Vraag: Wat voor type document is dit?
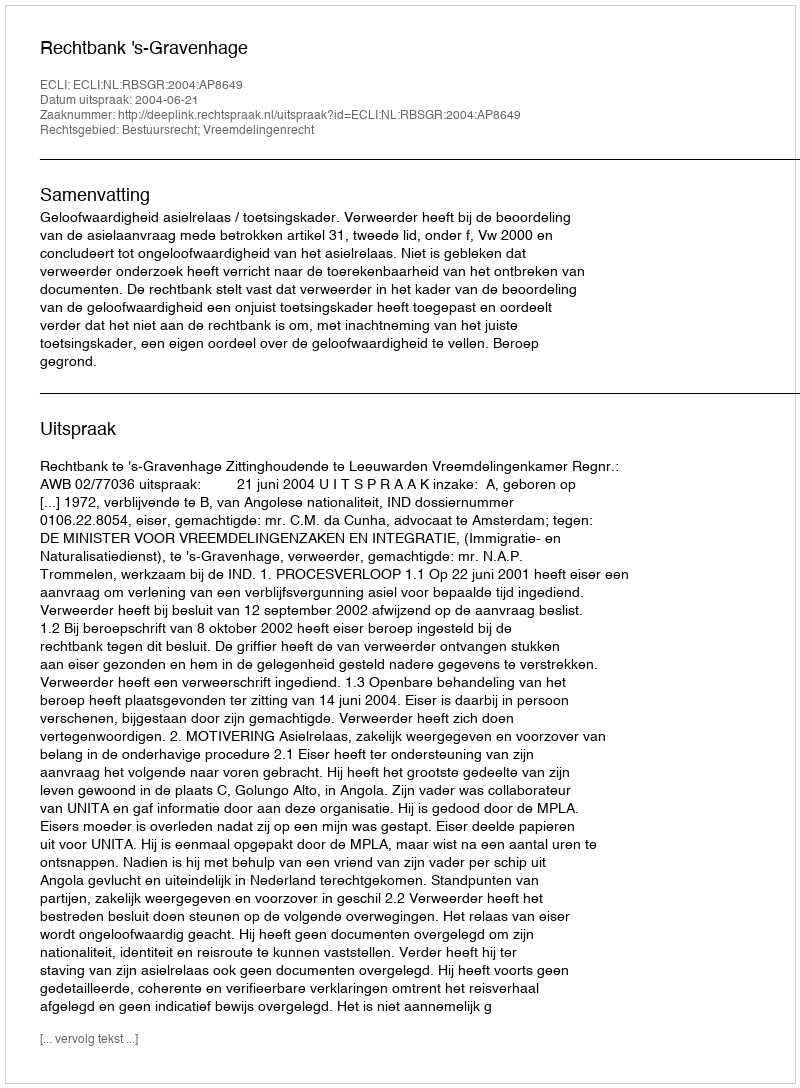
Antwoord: Uitspraak